Riigikantselei, lk 43
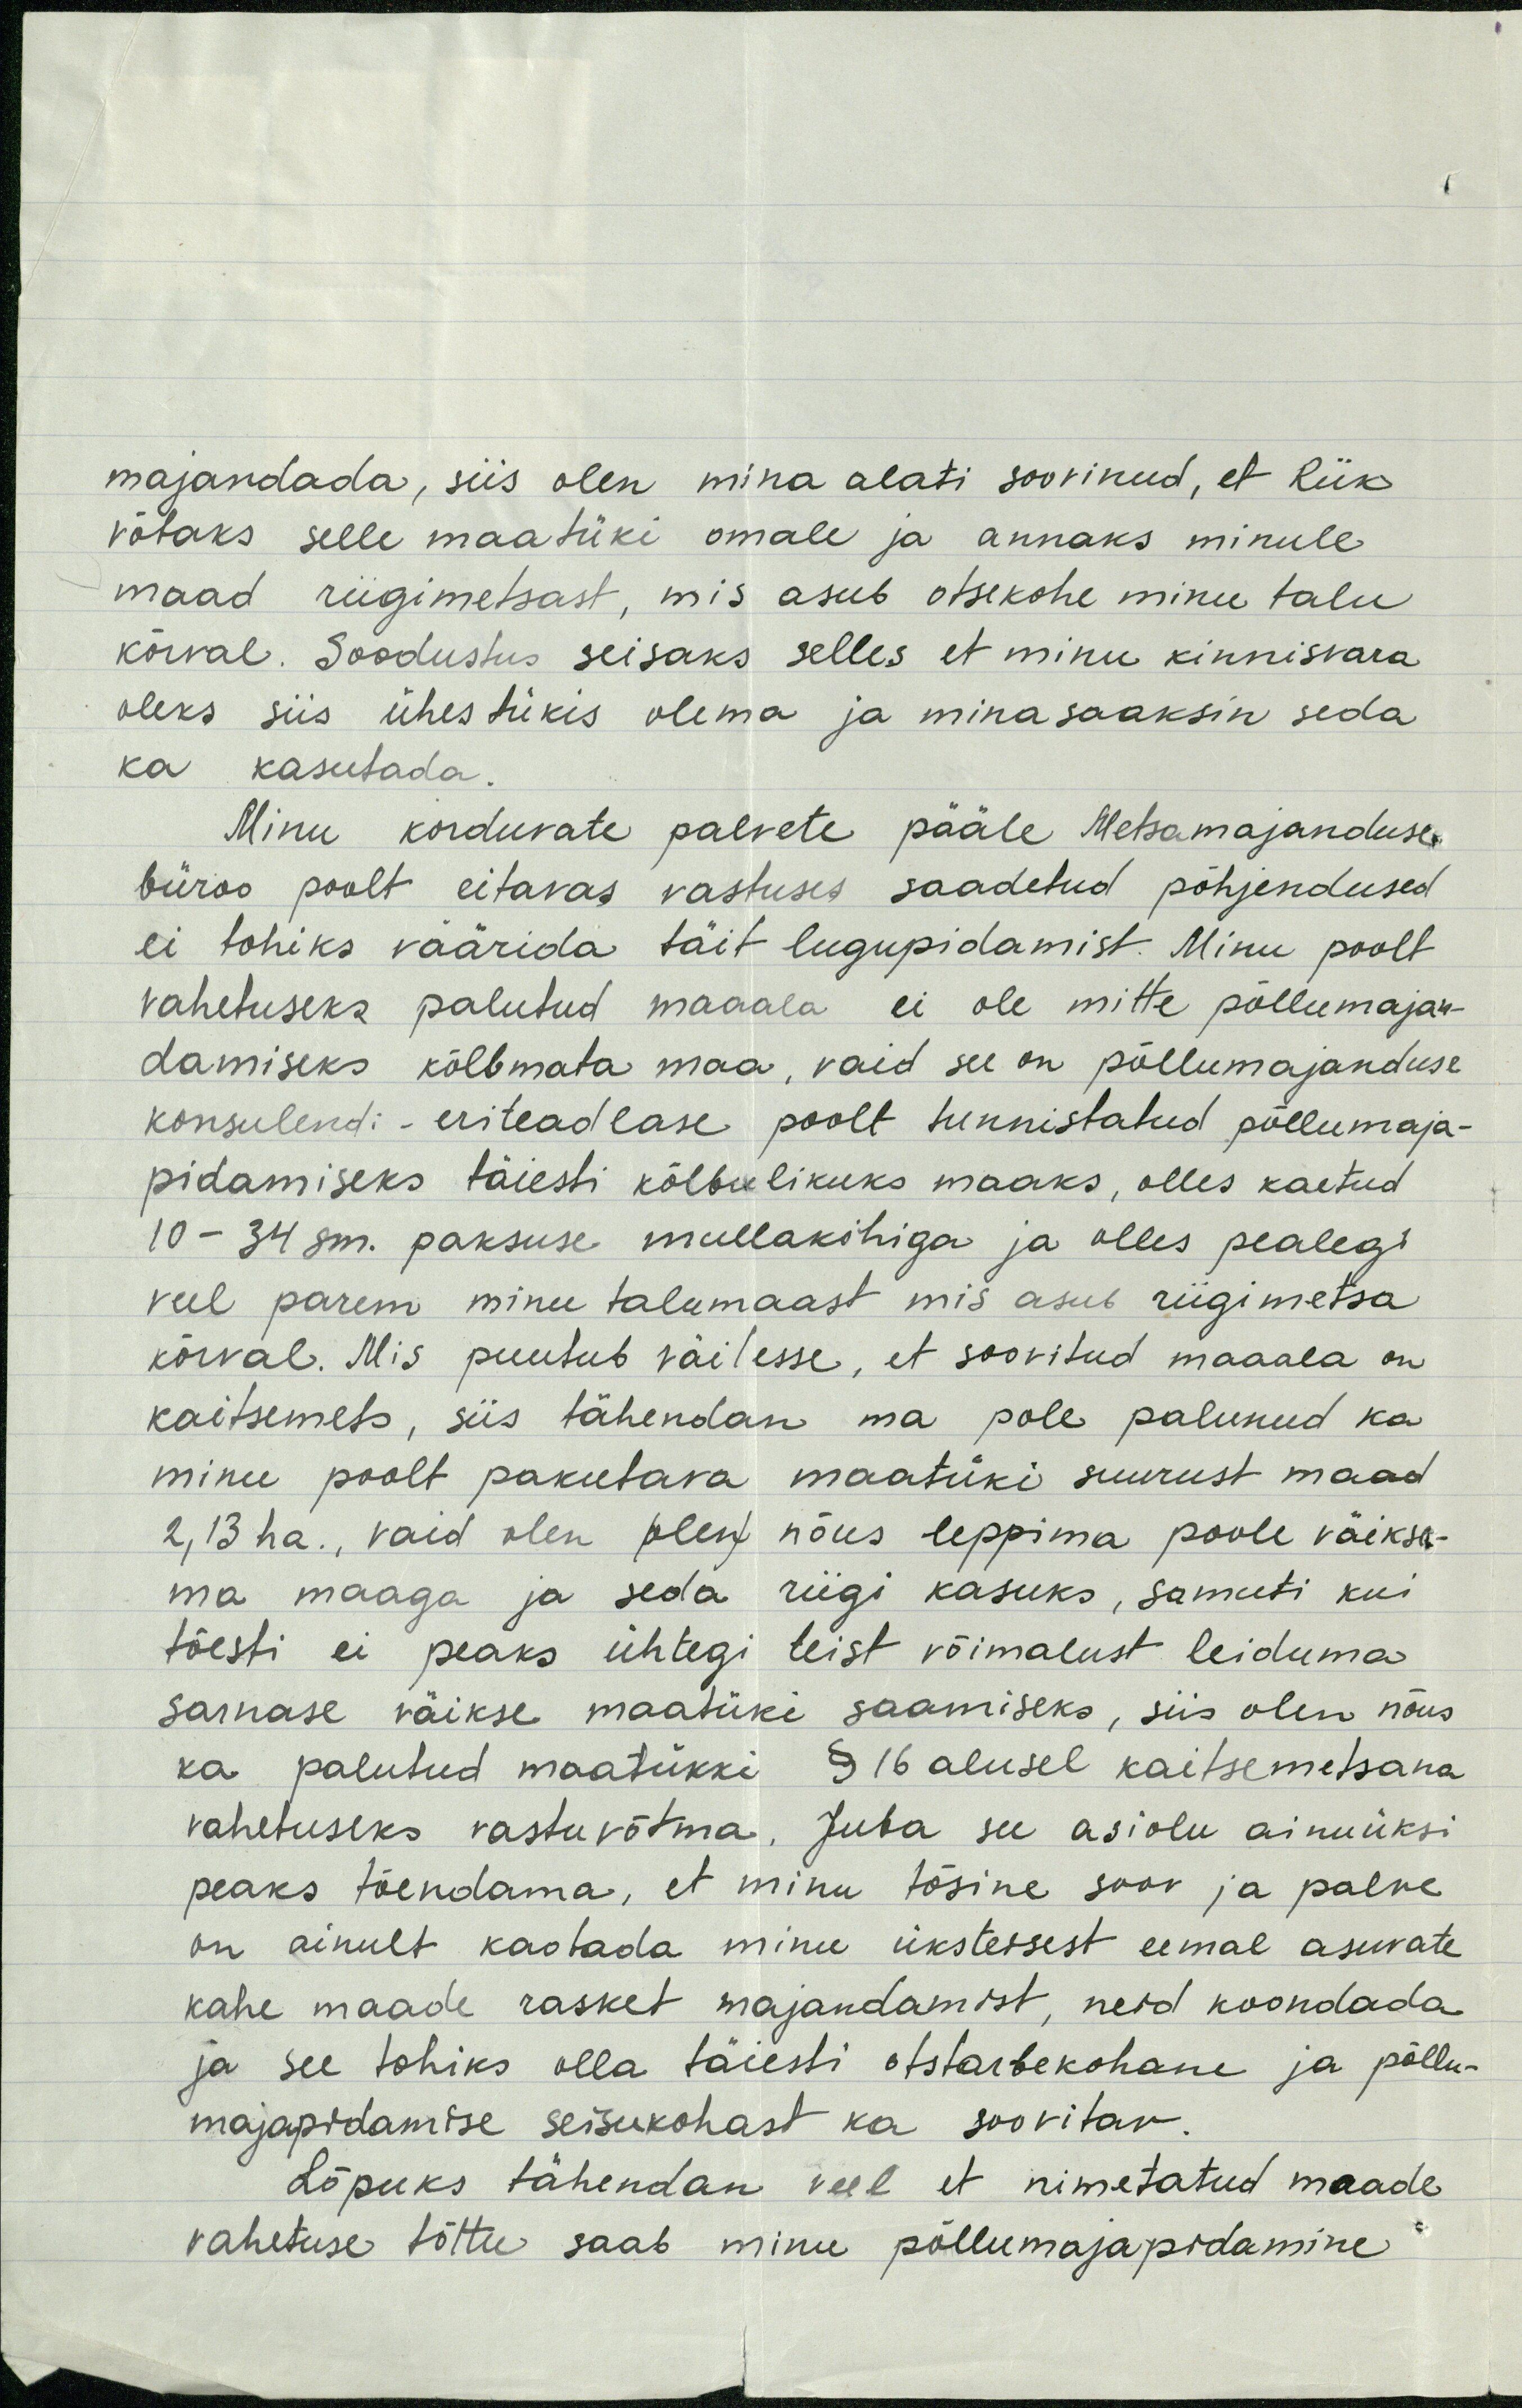
majandada, siis olen mina alati soovinud, et Riik
võtaks selle maatüki omale ja annaks minule
maad riigimetsast, mis asub otsekohe minu talu
kõrval. Soodustus seisaks selles et minu kinnisvara
oleks siis ühestükis olema ja minasaaksin seda
ka kasutada.
Minu korduvate palvete pääle Metsamajanduse.
büroo poolt eitavas vastuses saadetud põhjendused
ei tohiks väärida täit lugupidamist. Minu poolt
vahetuseks palutud maaala ei ole mitte põllumajan-
damiseks kõlbmata maa, vaid see on põllumajanduse
konsulendi - eriteadlase poolt tunnistatud põllumaja-
pidamiseks täiesti kõlbulikuks maaks, olles kaetud
10-34 sm. paksuse mullakohiga ja olles pealegi
veel parem minu talumaast mis asub riigimetsa
kõrval. Mis puutub väitesse, et soovitud maaala on
kaitsemets, siis tähendan ma pole palunud ka
minu poolt pakutava maatüki suurust maad
2, 13 ha, vaid olen olen nõus leppima poole väiksa-
ma maaga ja seda riigi kasuks, samuti kui
tõesti ei peaks ühtegi teist võimalust leiduma
sarnase väikse maatüki saamiseks, siis olen nõus
ka palutud maatükki § 16 alusel kaitsemetsana
vahetuseks vastuvõtma. Juba see asiolu ainuüksi
peaks tõendama, et minu tõsine soov ja palve
on ainult kaotada minu üksteisest eemal asuvate
kahe maade rasket majandamist, neid koondada
ja see tohiks olla täiesti otstarbekohane ja põllu-
majapidamise seisukohast ka soovitav.
Lõpuks tähendan veel et nimetatud maade
vahetuse tõttu saab minu põllumajapidamine.